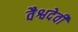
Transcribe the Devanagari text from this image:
वैश्वदेवी